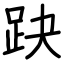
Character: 趹